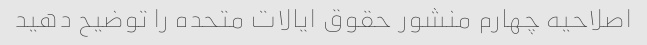
اصلاحیه چهارم منشور حقوق ایالات متحده را توضیح دهید